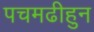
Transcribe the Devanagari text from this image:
पचमढीहुन